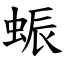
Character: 蜄